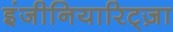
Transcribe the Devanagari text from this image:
इंजीनियारिट्ज़ा